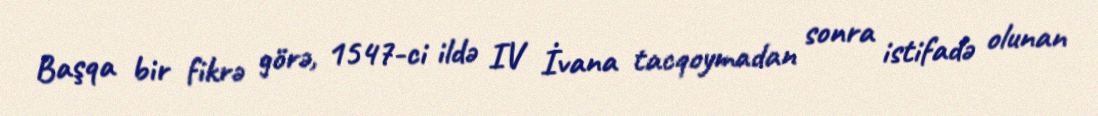
Başqa bir fikrə görə, 1547-ci ildə IV İvana tacqoymadan sonra istifadə olunan